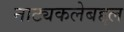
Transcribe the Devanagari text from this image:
नाट्यकलेबद्दल